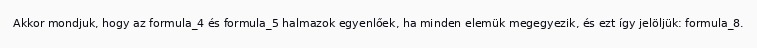
Akkor mondjuk, hogy az formula_4 és formula_5 halmazok egyenlőek, ha minden elemük megegyezik, és ezt így jelöljük: formula_8.